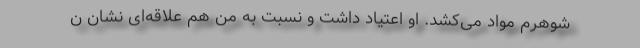
شوهرم مواد می‌کشد. او اعتیاد داشت و نسبت به من هم علاقه‌ای نشان ن